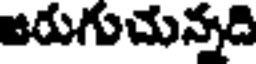
జరుగుచున్నది